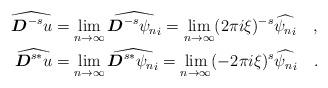
LaTeX: \begin{align*}\begin{aligned}\widehat{\boldsymbol{D}^{-s}u}&=\lim_{n\rightarrow \infty}\widehat{\boldsymbol{D}^{-s}{\psi_n}_i}=\lim_{n\rightarrow \infty}(2\pi i \xi)^{-s}\widehat{{\psi_n}_i}\quad,\\\widehat{\boldsymbol{D}^{s*}u}&=\lim_{n\rightarrow \infty}\widehat{\boldsymbol{D}^{s*}{\psi_n}_i}=\lim_{n\rightarrow \infty}(-2\pi i \xi)^{s}\widehat{{\psi_n}_i}\quad.\end{aligned}\end{align*}